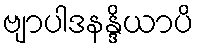
ဗျာပါဒနန္ဒိယာပိ